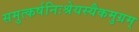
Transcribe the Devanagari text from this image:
समुत्कर्षनिःश्रेयस्यैकमुग्रम्‌